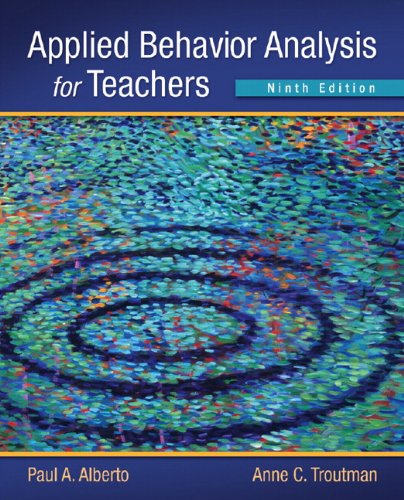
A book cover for Applied Behavior Analysis for Teachers (9th Edition); Paul A. Alberto; Education & Teaching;